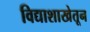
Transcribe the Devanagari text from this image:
विद्याशाखेतून